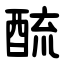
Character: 酼